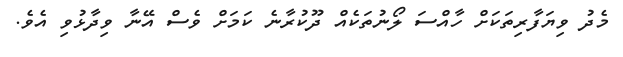
މެދު ވިޔަފާރިތަކަށް ހާއްސަ ލޯނުތަކެއް ދޫކުރާނެ ކަމަށް ވެސް އޭނާ ވިދާޅުވި އެވެ.